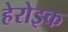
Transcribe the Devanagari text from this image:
हेरोइक